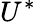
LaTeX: U^{*}